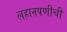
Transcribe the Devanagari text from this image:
लहानपणीची